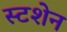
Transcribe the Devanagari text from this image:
स्टशेन